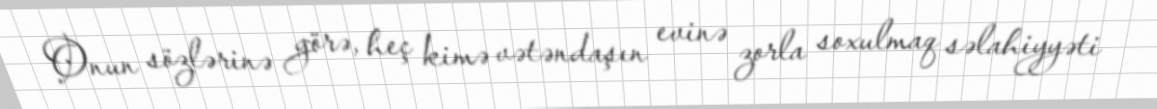
Onun sözlərinə görə, heç kimə vətəndaşın evinə zorla soxulmaq səlahiyyəti